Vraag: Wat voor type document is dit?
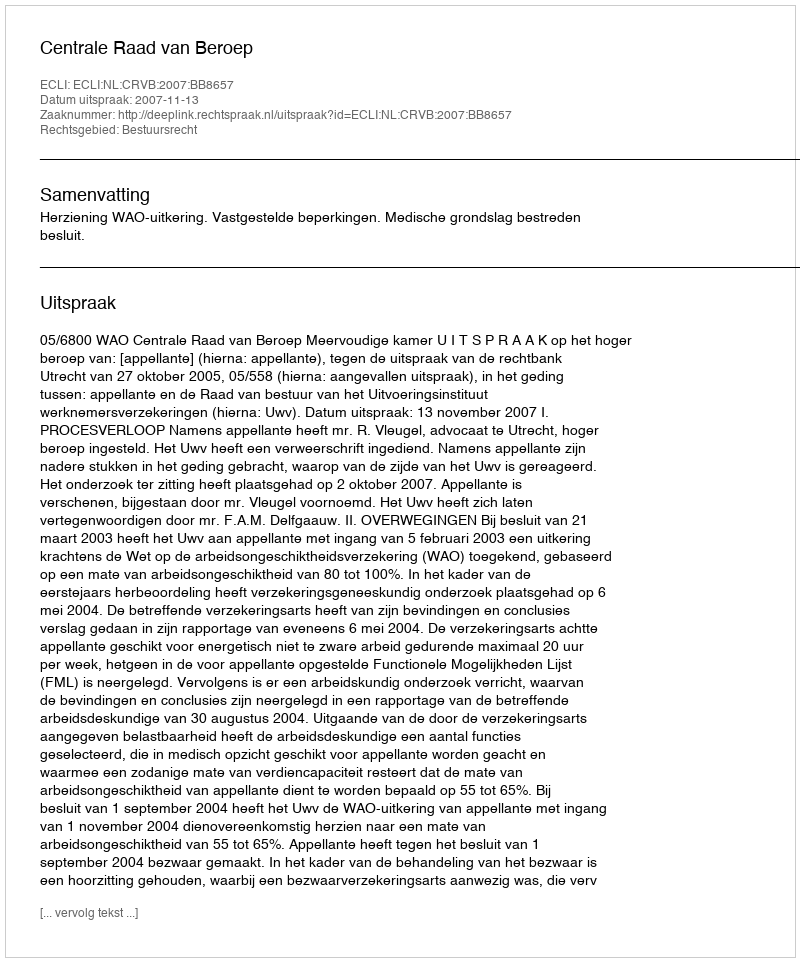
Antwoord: Uitspraak